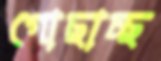
গোছাচ্ছ